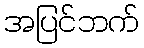
အပြင်ဘက်